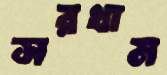
সরখাম